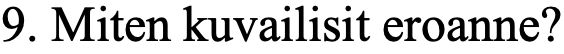
9. Miten kuvailisit eroanne?